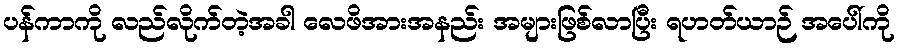
ပန်ကာကို လည်လိုက်တဲ့အခါ လေဖိအားအနည်း အများဖြစ်လာပြီး ရဟတ်ယာဉ် အပေါ်ကို